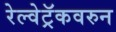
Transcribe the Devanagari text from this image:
रेल्वेट्रॅकवरुन